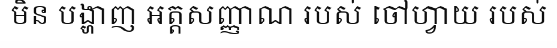
មិន បង្ហាញ អត្តសញ្ញាណ របស់ ចៅហ្វាយ របស់